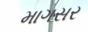
માગસર